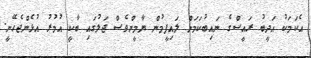
އެކަމަކު އަދީބު ރައީސްގެ ނައިބުކަމަށް ލައިފީމުން ޔާމީންވެސް ޖަލުގައި ބާކީ އުމުރު އުޅެންޖެހޭނީ.